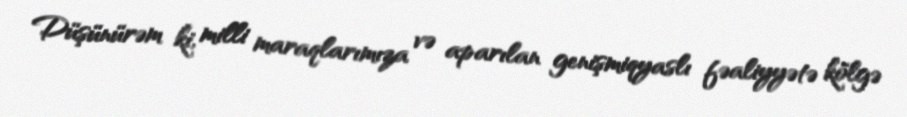
Düşünürəm ki, milli maraqlarımıza və aparılan genişmiqyaslı fəaliyyətə kölgə